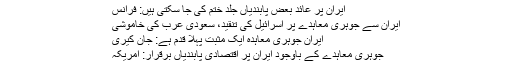
ایران پر عائد بعض پابندیاں جلد ختم کی جا سکتی ہیں: فرانس
ایران سے جوہری معاہدے پر اسرائیل کی تنقید، سعودی عرب کی خاموشی
ایران جوہری معاہدہ ایک مثبت پہلا قدم ہے: جان کیری
جوہری معاہدے کے باوجود ایران پر اقتصادی پابندیاں برقرار: امریکہ